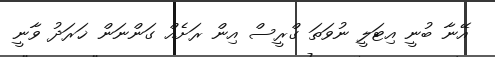
އޭނާ ބުނީ އިޓަލީ ނުވަތަ ގްރީސް އިން ރަށެއް ގަންނަން ޚަރަދު ވާނީ